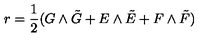
r = { \frac { 1 } { 2 } } ( G \wedge \tilde { G } + E \wedge \tilde { E } + F \wedge \tilde { F } )